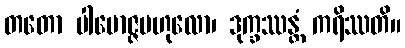
တတော ပါမောဇ္ဇဗဟုလော၊ ဒုက္ခဿန္တံ ကရိဿတိ။